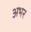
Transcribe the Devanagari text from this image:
अभर